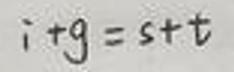
\[
i + g = s + t
\]